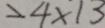
= 4 \times 1 3